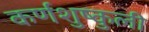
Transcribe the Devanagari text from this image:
कर्णशुष्कुली